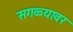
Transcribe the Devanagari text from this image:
सगळ्यावर